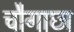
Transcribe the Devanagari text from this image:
चौगाछा